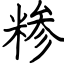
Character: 糁